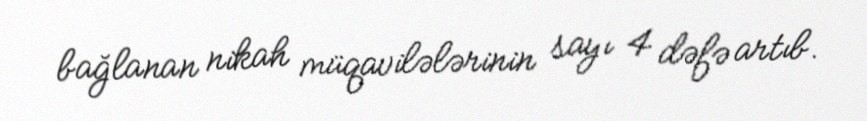
bağlanan nikah müqavilələrinin sayı 4 dəfə artıb.